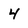
Character: 4